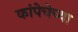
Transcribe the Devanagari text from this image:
कांपेचेच्या